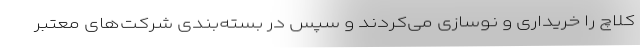
کلاچ را خریداری و نوسازی می‌کردند و سپس در بسته‌بندی شرکت‌های معتبر